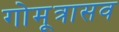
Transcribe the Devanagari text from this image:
गोमूत्रासव